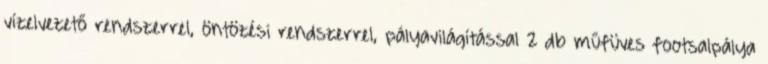
vízelvezető rendszerrel, öntözési rendszerrel, pályavilágítással 2 db műfüves footsalpálya